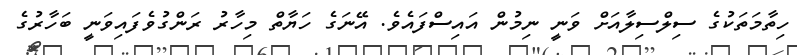
ހިތާމަތަކުގެ ސިލްސިލާއަށް ވަނީ ނިމުން އައިސްފައެވެ. އޭނަގެ ހަޔާތް މިހާރު ރަންގުވެފައިވަނީ ބަހާރުގެ